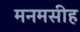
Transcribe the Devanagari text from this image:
मनमसीह